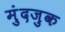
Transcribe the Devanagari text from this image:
मुंदजुक